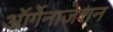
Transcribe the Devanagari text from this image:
ऑर्गेनाजेशन